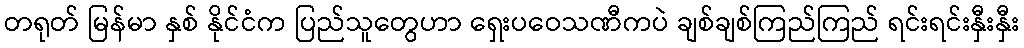
တရုတ် မြန်မာ နှစ် နိုင်ငံက ပြည်သူတွေဟာ ရှေးပဝေသဏီကပဲ ချစ်ချစ်ကြည်ကြည် ရင်းရင်းနှီးနှီး